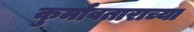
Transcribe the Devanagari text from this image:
कुर्मावताराच्या